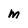
Character: m